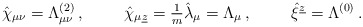
\begin{align*}\hat{\chi}_{\mu\nu} = \Lambda^{(2)}_{\mu\nu}\, ,\hspace{1cm}\hat{\chi}_{\mu\underline{z}}={\textstyle\frac{1}{m}}\hat{\lambda}_{\mu}=\Lambda_{\mu}\, ,\hspace{1cm}\hat{\xi}^{\underline{z}}=\Lambda^{(0)}\, .\end{align*}